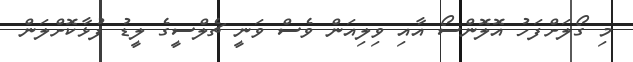
މި ގޯލަށްފަހު އޮލޮންސޯ އާއި ވިލިއަން ވެސް ވަނީ ޗެލްސީގެ ލީޑު ފުޅާކޮށްލަން